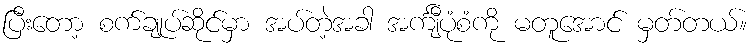
ပြီးတော့ စက်ချုပ်ဆိုင်မှာ အပ်တဲ့အခါ အင်္ကျီပုံစံကို မတူအောင် မှတ်တယ်။